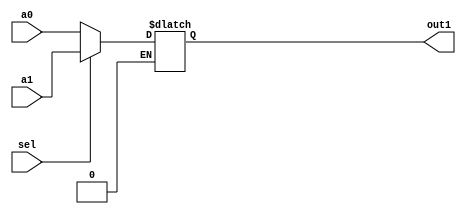
`timescale 1ns / 1ps
//////////////////////////////////////////////////////////////////////////////////
// Company: 
// Engineer: 
// 
// Design Name: 
// Module Name: mux1
// Project Name: 
// Target Devices: 
// Tool Versions: 
// Description: 
// 
// Dependencies: 
// 
// Revision:
// Revision 0.01 - File Created
// Additional Comments:
// 
//////////////////////////////////////////////////////////////////////////////////


module mux1(sel, a0, a1, out1);
input sel;
input [31:0] a0, a1;
output reg [31:0] out1;

always @ (sel or a0 or a1)
begin
if(sel==1'b1) 
   out1 = a1;
else if(sel == 1'b0)
    out1 =a0;
end
endmodule